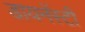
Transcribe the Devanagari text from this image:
डायनॅस्टी